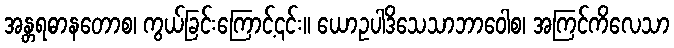
အန္တရဓာနတောစ၊ ကွယ်ခြင်းကြောင့်၎င်း။ ယောဥပါဒိသေသာဘာဝေါစ၊ အကြင်ကိလေသာ